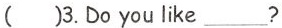
( )3.Doyou like___?